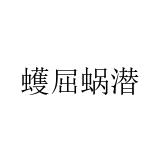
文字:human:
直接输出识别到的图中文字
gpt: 蠖屈蜗潜